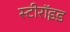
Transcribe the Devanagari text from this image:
स्टीरॉइड